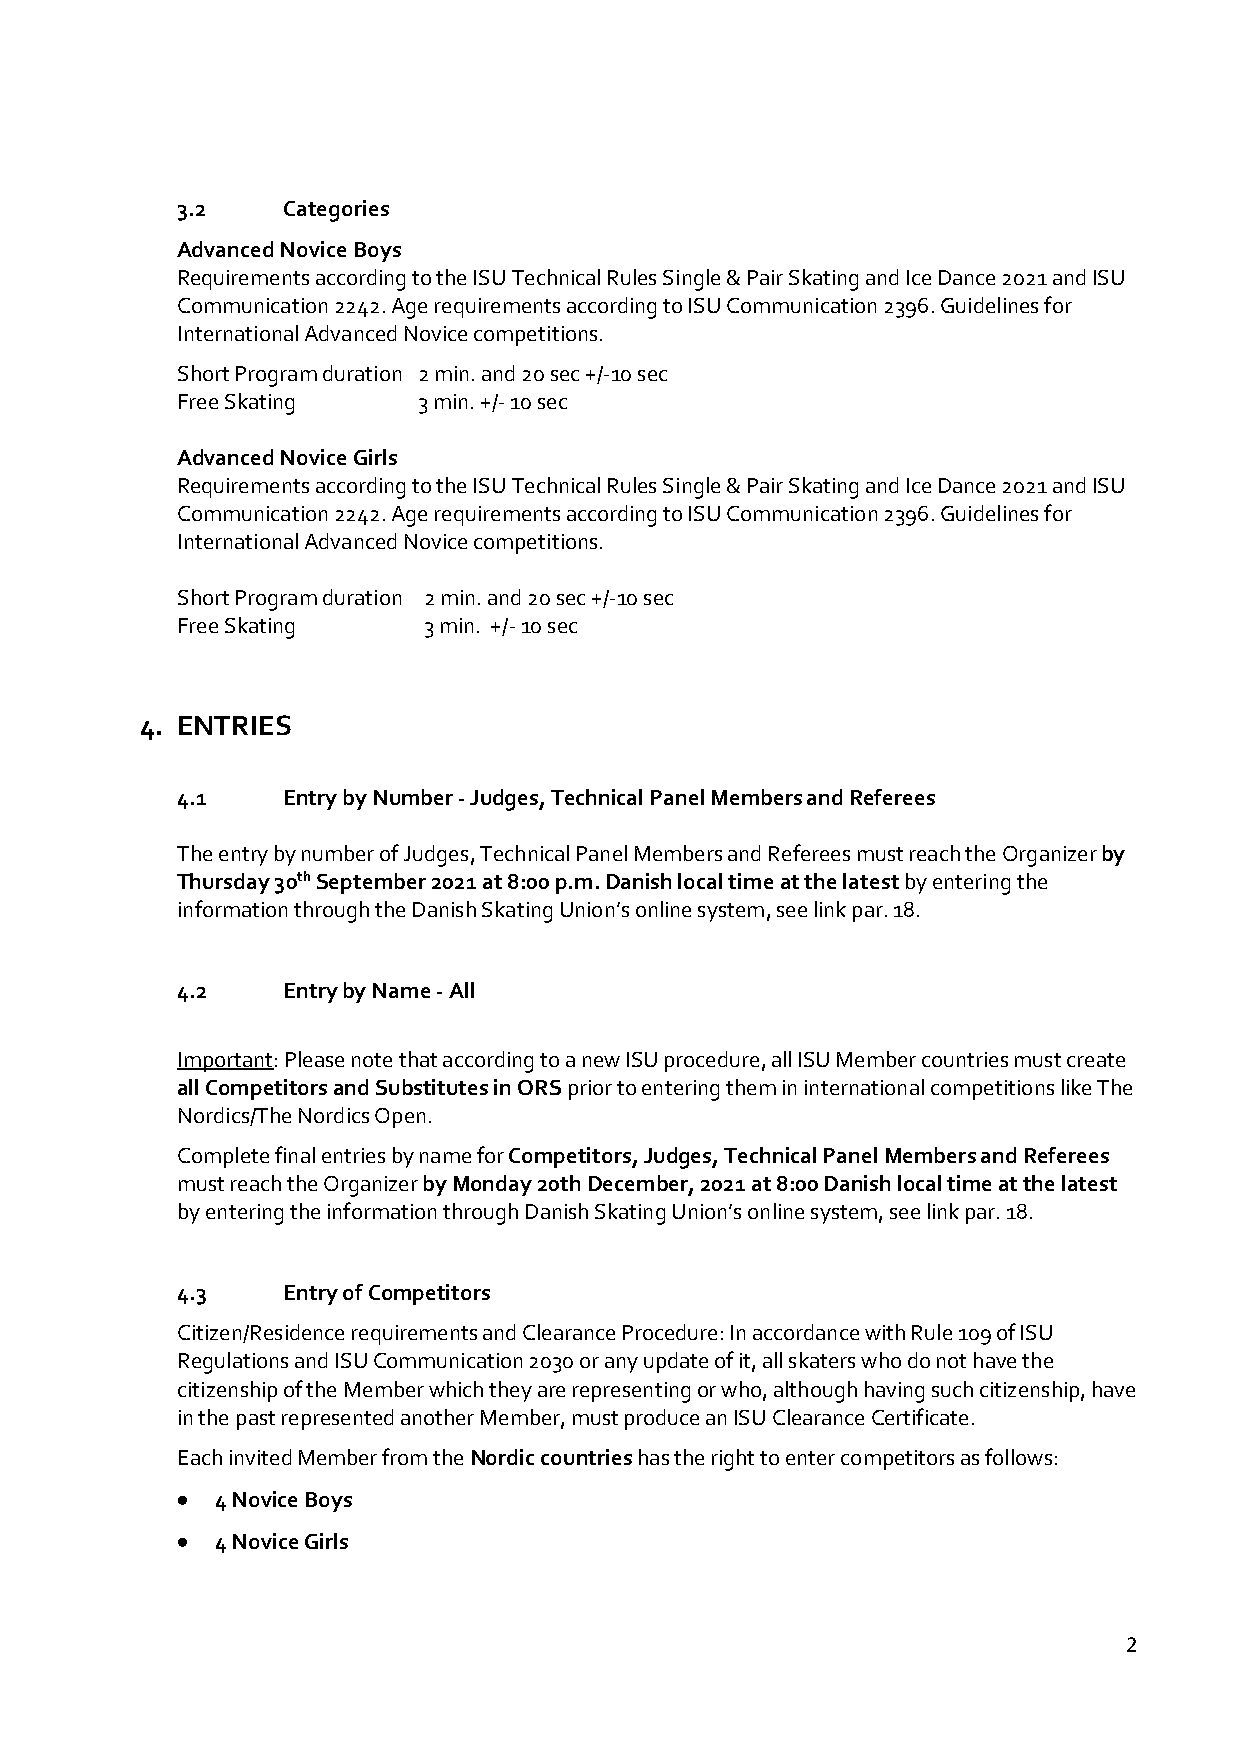
3.2    Categories
 Advanced Novice Boys
 Requirements according to the ISU Technical Rules Single & Pair Skating and Ice Dance 2021 and ISU
 Communication 2242. Age requirements according to ISU Communication 2396. Guidelines for
 International Advanced Novice competitions.
 Short       Short Program duration 2 min. and 20 sec +/-10 sec
 Free Skating    3 min. +/- 10 sec
 Advanced Novice Girls
 Requirements according to the ISU Technical Rules Single & Pair Skating and Ice Dance 2021 and ISU
 Communication 2242. Age requirements according to ISU Communication 2396. Guidelines for
 International Advanced Novice competitions.
 Short Program duration 2 min. and 20 sec +/-10 sec
 Free Skating    3 min. +/- 10 sec
 4. ENTRIES
 4.1    Entry by Number - Judges, Technical Panel Members and Referees
 The entry by number of Judges, Technical Panel Members and Referees must reach the Organizer by
 Thursday 30th September 2021 at 8:00 p.m. Danish local time at the latest by entering the
 information through the Danish Skating Union’s online system, see link par. 18.
 4.2    Entry by Name - All
 Important: Please note that according to a new ISU procedure, all ISU Member countries must create
 all Competitors and Substitutes in ORS prior to entering them in international competitions like The
 Nordics/The Nordics Open.
 Complete final entries by name for Competitors, Judges, Technical Panel Members and Referees
 must reach the Organizer by Monday 20th December, 2021 at 8:00 Danish local time at the latest
 by entering the information through Danish Skating Union’s online system, see link par. 18.
 4.3    Entry of Competitors
 Citizen/Residence requirements and Clearance Procedure: In accordance with Rule 109 of ISU
 Regulations and ISU Communication 2030 or any update of it, all skaters who do not have the
 citizenship of the Member which they are representing or who, although having such citizenship, have
 in the past represented another Member, must produce an ISU Clearance Certificate.
 Each invited Member from the Nordic countries has the right to enter competitors as follows:
 • 4 Novice Boys
 • 4 Novice Girls
 2